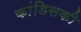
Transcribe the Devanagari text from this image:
कांडिसकी